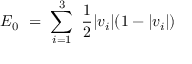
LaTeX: E _ { 0 } \ = \ \sum _ { i = 1 } ^ { 3 } \ { \frac { 1 } { 2 } } | v _ { i } | ( 1 - | v _ { i } | )